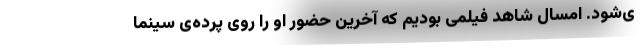
ی‌شود. امسال شاهد فیلمی بودیم که آخرین حضور او را روی پرده‌ی سینما